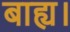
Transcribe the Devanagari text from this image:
बाह्य।